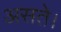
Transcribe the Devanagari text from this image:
असते।